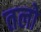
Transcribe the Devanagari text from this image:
तलो